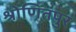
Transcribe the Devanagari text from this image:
श्रोणितपुर